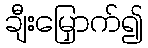
ချီးမြှောက်၍